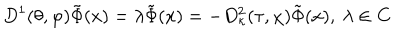
D ^ { 1 } ( \theta , \varphi ) \tilde { \Phi } ( x ) = \lambda \tilde { \Phi } ( x ) = - D _ { \kappa } ^ { 2 } ( \tau , \chi ) \tilde { \Phi } ( x ) , \ \lambda \in \mathbf { C }